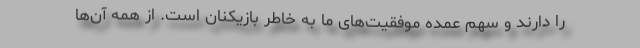
را دارند و سهم عمده موفقیت‌های ما به خاطر بازیکنان است. از همه آن‌ها